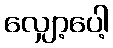
လျှော့ပေါ့